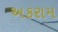
અકરામ